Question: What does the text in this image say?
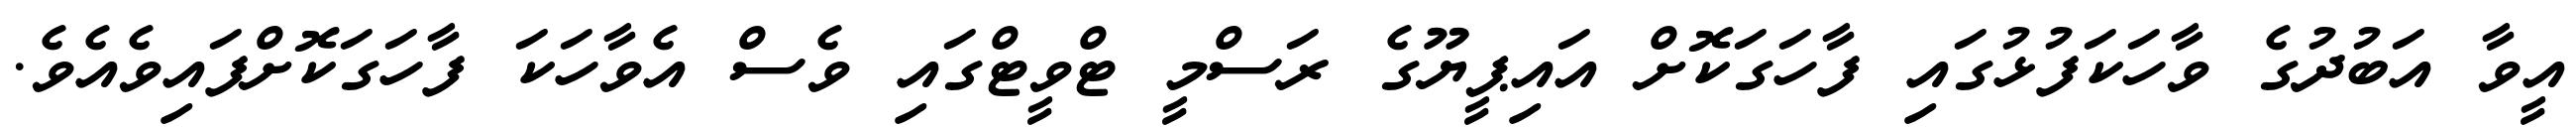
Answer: އީވާ އަބުދުގެ ވާހަކަފުޅުގައި ފާހަގަކޮށް އައިޕީޔޫގެ ރަސްމީ ޓްވީޓްގައި ވެސް އެވާހަކަ ފާހަގަކޮށްފައިވެއެވެ.